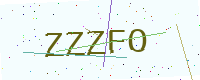
Text: ZZZFO